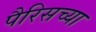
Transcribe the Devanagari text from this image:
पैरिसच्या